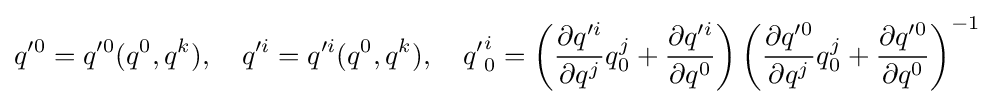
q'^{0}=q'^{0}(q^{0},q^{k}),\quad q'^{i}=q'^{i}(q^{0},q^{k}),\quad {q'}_{0}^{i}=\left({\frac {\partial q'^{i}}{\partial q^{j}}}q_{0}^{j}+{\frac {\partial q'^{i}}{\partial q^{0}}}\right)\left({\frac {\partial q'^{0}}{\partial q^{j}}}q_{0}^{j}+{\frac {\partial q'^{0}}{\partial q^{0}}}\right)^{-1}